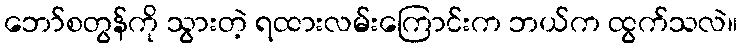
ဘော်စတွန်ကို သွားတဲ့ ရထားလမ်းကြောင်းက ဘယ်က ထွက်သလဲ။